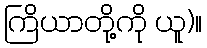
ကြိယာတို့ကို ယူ)။